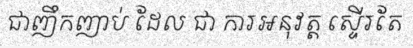
ជាញឹកញាប់ ដែល ជា ការអនុវត្ត ស្ទើរតែ